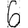
Digit: 6